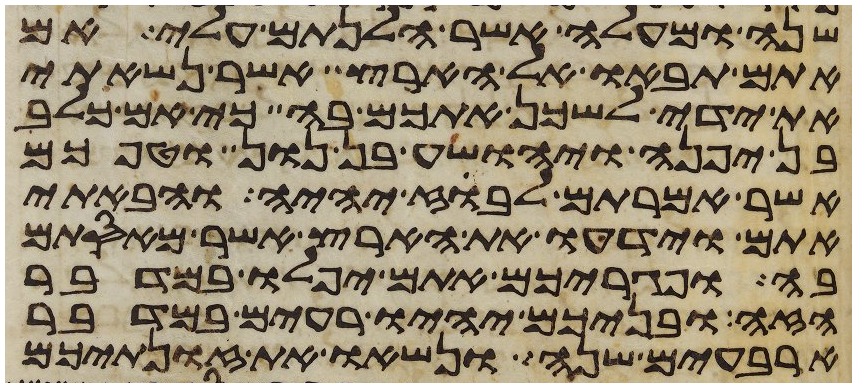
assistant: שנה ומעלה אשר הלנתם עלי אם
אתם תבאו אל הארץ אשר נשאתי
את ידי לשכן אתכם בה כי אם כלב
בן יפנה ויהושע בן נון וטפכם
אשר אמרתם לבוז יהיה והבאתי
אתם וידעו את הארץ אשר מאסתם
בה ופגריכם אתם יפלו במדבר
הזה ובניכם יהיו רעים במדבר
ארבעים שנה ונשאו את זונתיכם